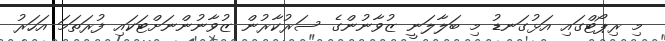
މި ރިޕޯޓްގައި އަޅުގަނޑު މި ބަލާލަނީ ޒުވާނުންގެ ސަރުކާރުން ޒުވާނުންނަށްޓަކައި ފުރަތަމަ އަހަރު